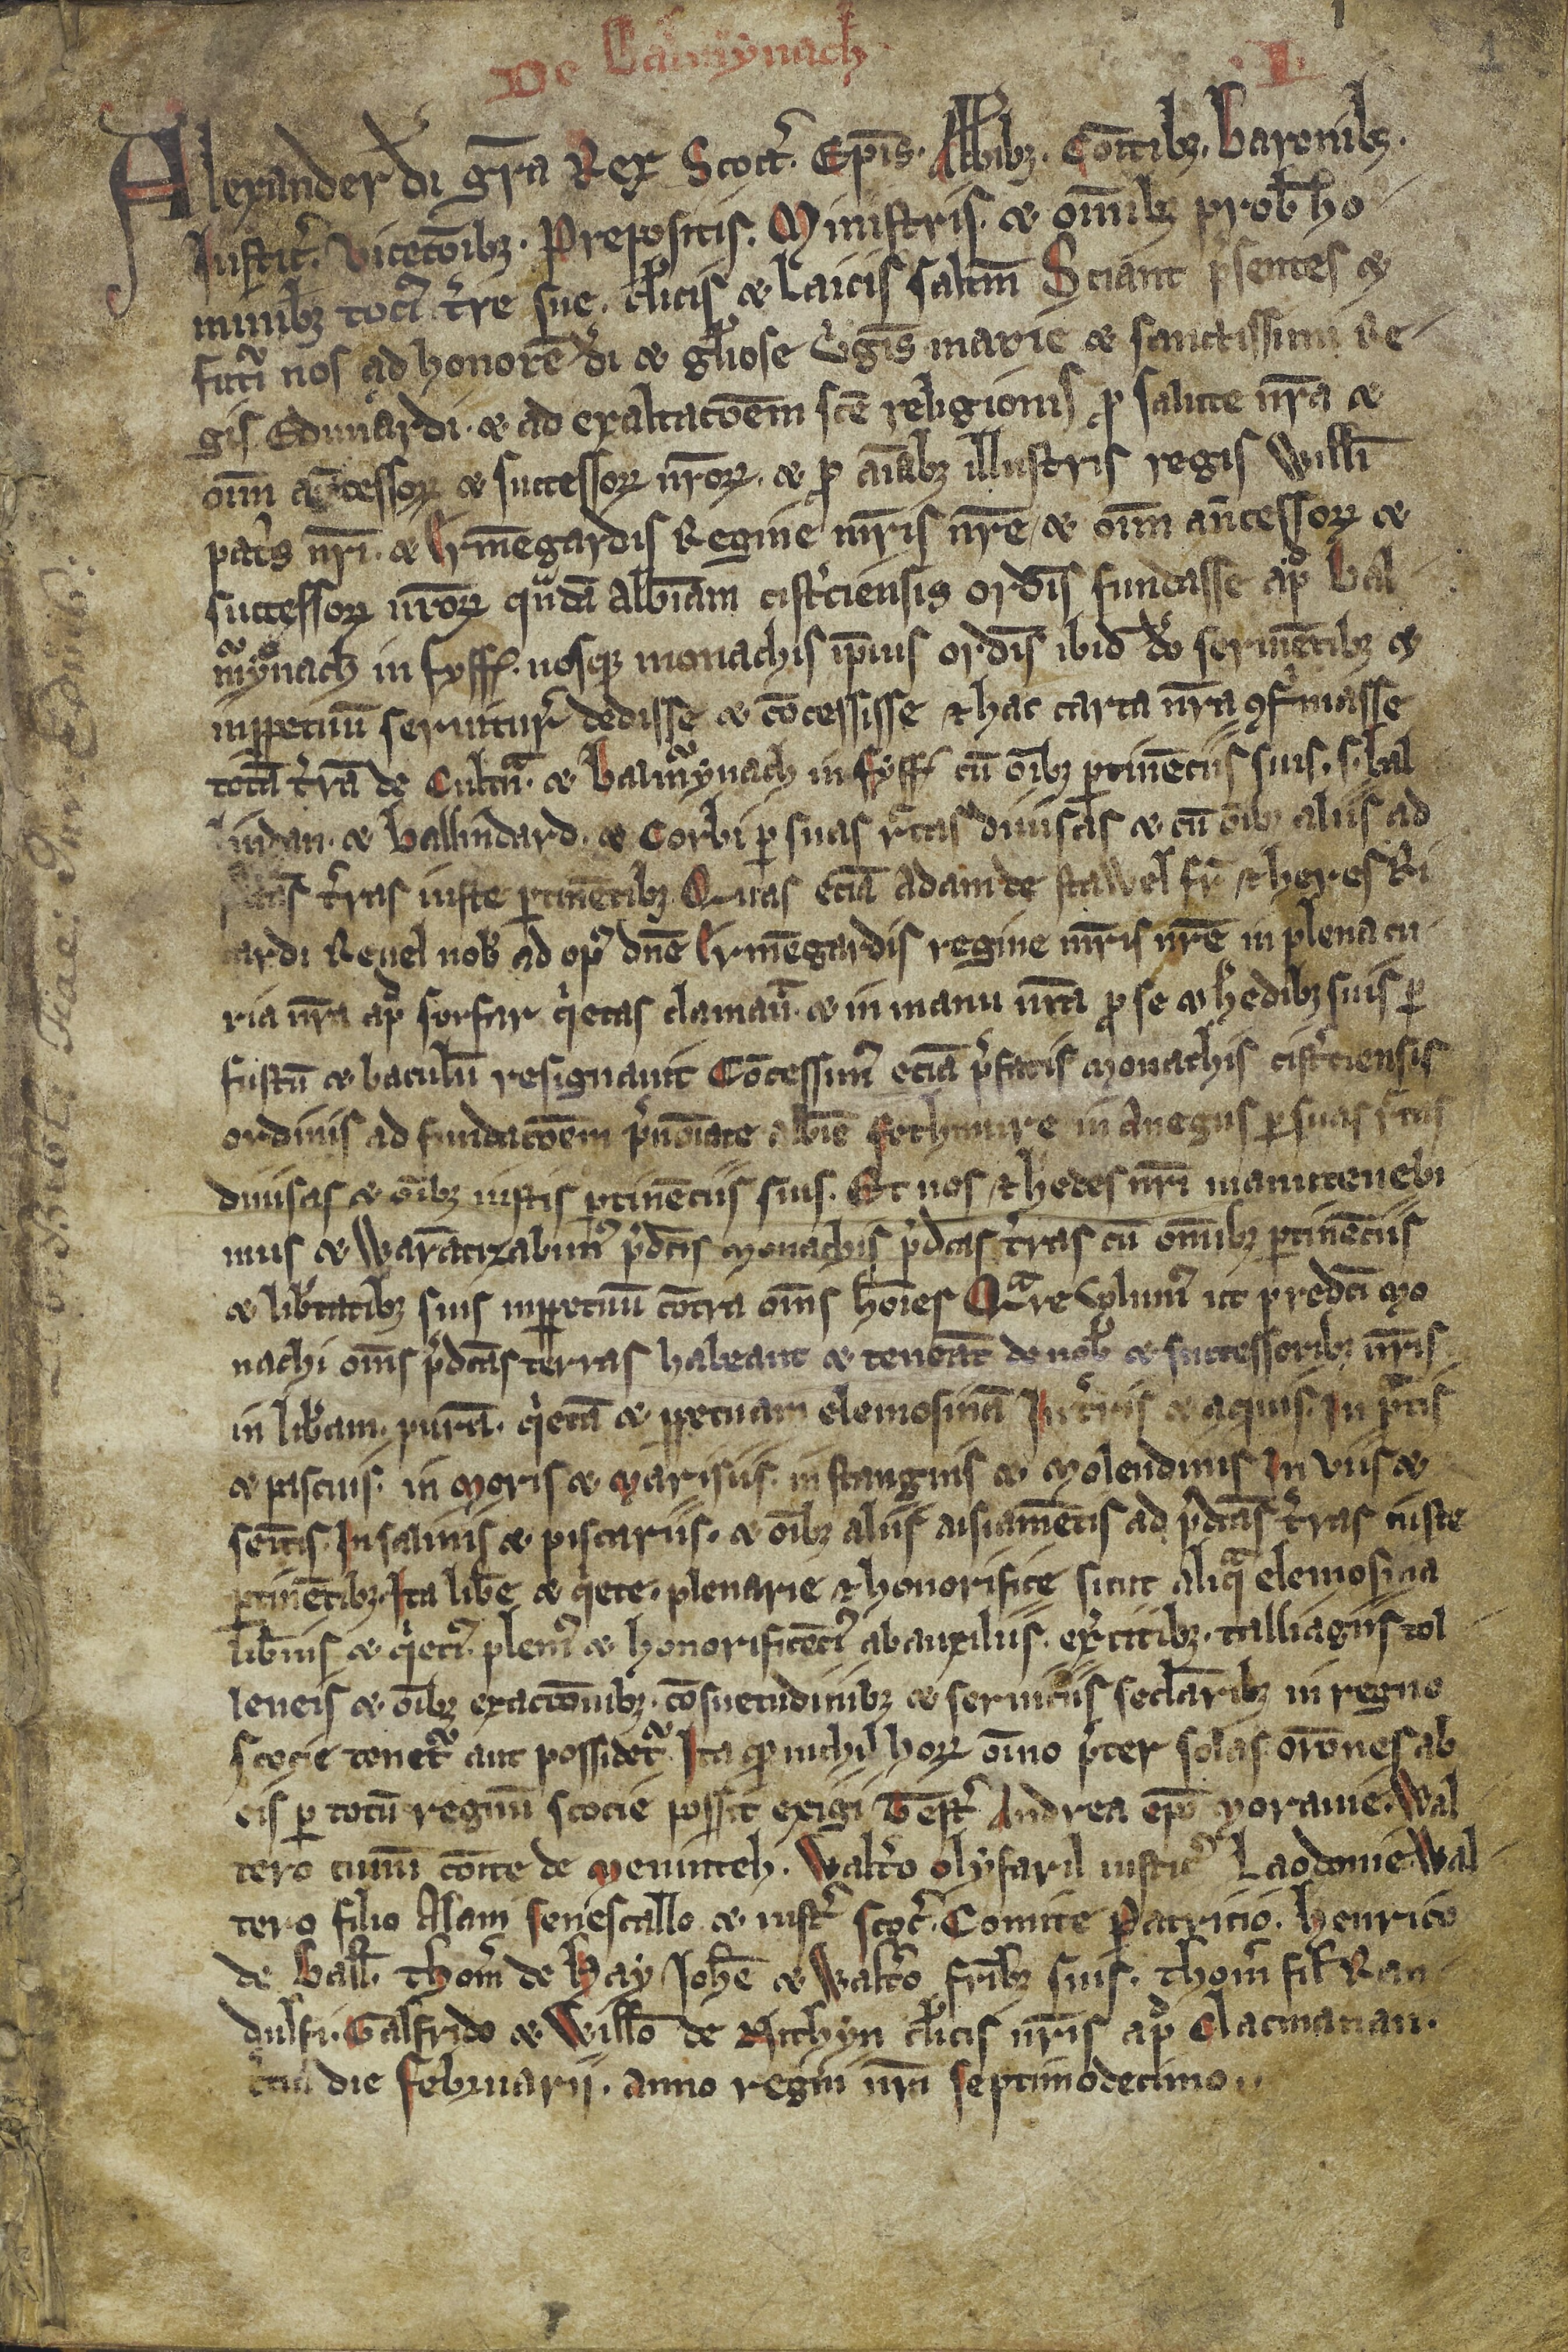
Shelfmark: Edimburgh, National Library of Scotland, Adv. ms. 34.5.3
Century: 14